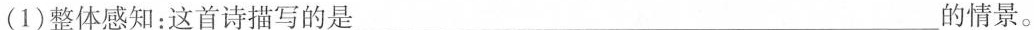
(1)整体感知：这首诗描写的是___的情景。